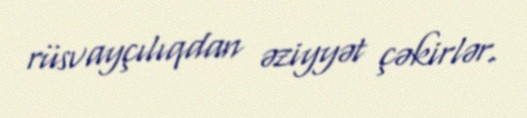
rüsvayçılıqdan əziyyət çəkirlər.